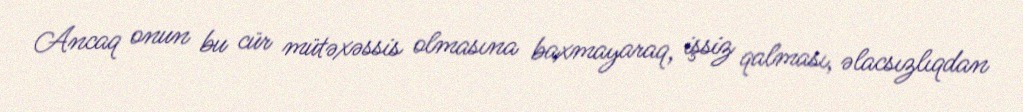
Ancaq onun bu cür mütəxəssis olmasına baxmayaraq, işsiz qalması, əlacsızlıqdan